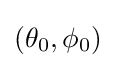
\left(\theta _{0},\phi _{0}\right)